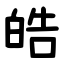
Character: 皓